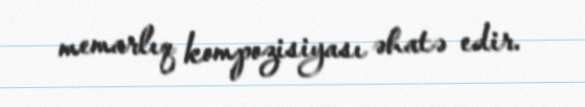
memarlıq kompozisiyası əhatə edir.